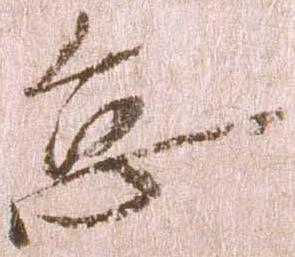
怠